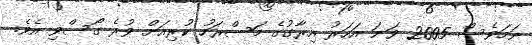
ނަމަވެސް 2005 ވަނަ އަހަރު އިރާގުގެ މަސްރަހު ކުރިއަށް ވުރެ ގޯސްވި އެވެ.